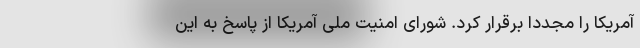
آمریکا را مجددا برقرار کرد. شورای امنیت ملی آمریکا از پاسخ به این